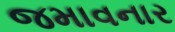
જમાવનાર